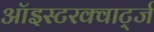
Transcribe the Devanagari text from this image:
ऑइस्टरक्वार्ट्ज